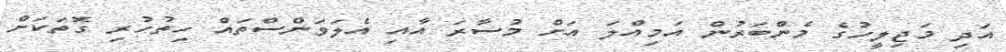
އަދި މަޖިލީހުގެ މެންބަރުން އަމިއްލަ އަށް މުސާރަ އާއި އެލަވަންސްތައް ހިތުހުރި ގޮތަކަށް